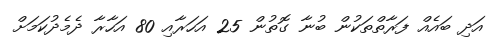
އަދި ބައެއް ފަރާތްތަކުން ބުނާ ގޮތުން 25 އަހަރާއި 80 އަހާރާ ދެމެދުކަމަށް